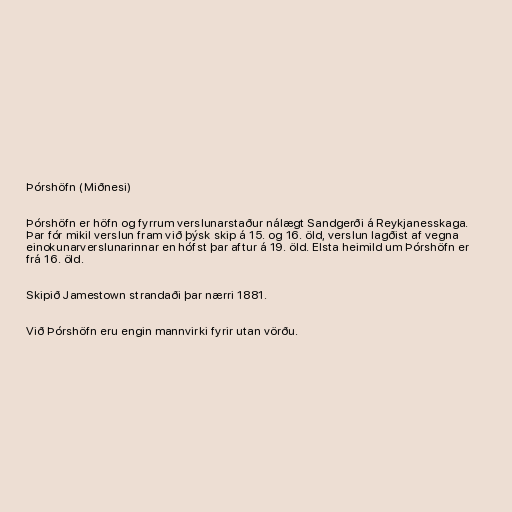
Þórshöfn (Miðnesi)

Þórshöfn er höfn og fyrrum verslunarstaður nálægt Sandgerði á Reykjanesskaga.
Þar fór mikil verslun fram við þýsk skip á 15. og 16. öld, verslun lagðist af vegna
einokunarverslunarinnar en hófst þar aftur á 19. öld. Elsta heimild um Þórshöfn er
frá 16. öld.

Skipið Jamestown strandaði þar nærri 1881.

Við Þórshöfn eru engin mannvirki fyrir utan vörðu.